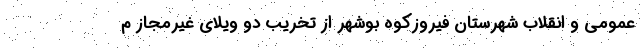
عمومی و انقلاب شهرستان فیروزکوه بوشهر از تخریب دو ویلای غیرمجاز م